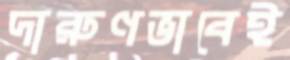
দারুণভাবেই